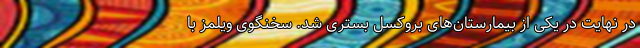
در نهایت در یکی از بیمارستان‌های بروکسل بستری شد. سخنگوی ویلمز با